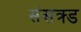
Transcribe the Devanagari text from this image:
संसक्र्ड